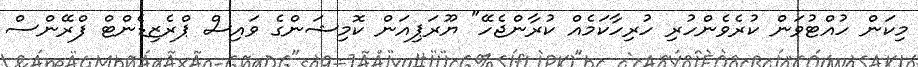
މިކަން ހުއްޓުވަން ކުރެވެންހުރި ހުރިހާކަމެއް ކުރާންޖެހޭ" ޔޫރަޕިއަން ކޮމިޝަންގެ ވައިސް ޕްރެޒިޑެންޓް ފްރޭންސް